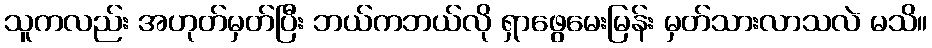
သူကလည်း အဟုတ်မှတ်ပြီး ဘယ်ကဘယ်လို ရှာဖွေမေးမြန်း မှတ်သားလာသလဲ မသိ။